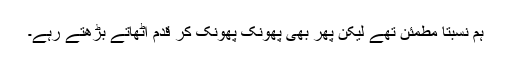
ہم نسبتاً مطمئن تھے لیکن پھر بھی پھونک پھونک کر قدم اٹھاتے بڑھتے رہے۔